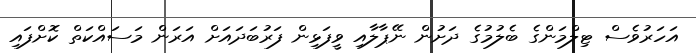
އަހަރުވެސް ޓިލްމަންގެ ބެލުމުގެ ދަށުން ނޭޕާލާއި ވީފަޅިން ފަރުބަދައަށް އަރަން މަސައްކަތް ކޮށްފައި